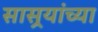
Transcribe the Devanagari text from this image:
सासर्‍यांच्या